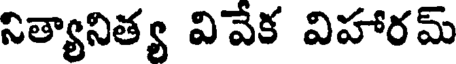
నిత్యానిత్య వివేక విహారమ్